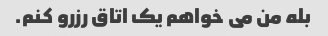
بله من می خواهم یک اتاق رزرو کنم.